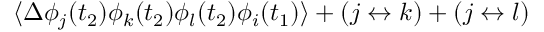
\langle \Delta \phi _ { j } ( t _ { 2 } ) \phi _ { k } ( t _ { 2 } ) \phi _ { l } ( t _ { 2 } ) \phi _ { i } ( t _ { 1 } ) \rangle + ( j \leftrightarrow k ) + ( j \leftrightarrow l )